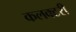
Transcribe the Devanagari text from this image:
कलक्टरी